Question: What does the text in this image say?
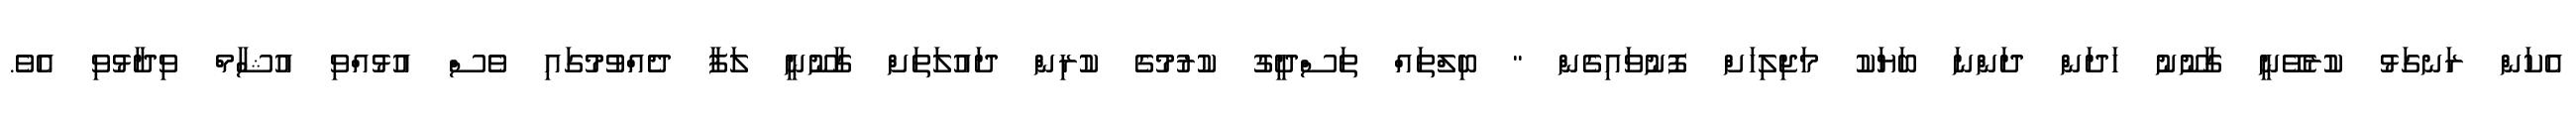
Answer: އެކަން ރަނގަޅު ކުރެވޭނީ ގާނޫނު ހަދަން ދަންނަ ބަޔަކު މަޖިލިހަށް ފޮނުވައިގެން " ބިލްތައް ތަސްދީގު ކުރުމުގެ ކުރިން ދައުލަތަށް ގާނޫނީ ލަފާ ދެއްވުމުގައި ވެސް އުޅުއްވި އުޝާމް ވިދާޅުވި އެވެ.